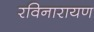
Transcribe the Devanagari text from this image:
रविनारायण